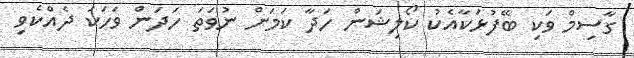
ގާސިމް ވަކި ބޭފުޅަކާއެކު ކޯލިޝަން ހަދާ ކަމަށް ނުވަތަ ހަދަން ވަހަކަ ދެއްކެވި